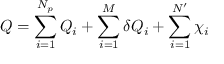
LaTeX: Q = \sum _ { i = 1 } ^ { N _ { p } } Q _ { i } + \sum _ { i = 1 } ^ { M } \delta Q _ { i } + \sum _ { i = 1 } ^ { N ^ { \prime } } \chi _ { i }